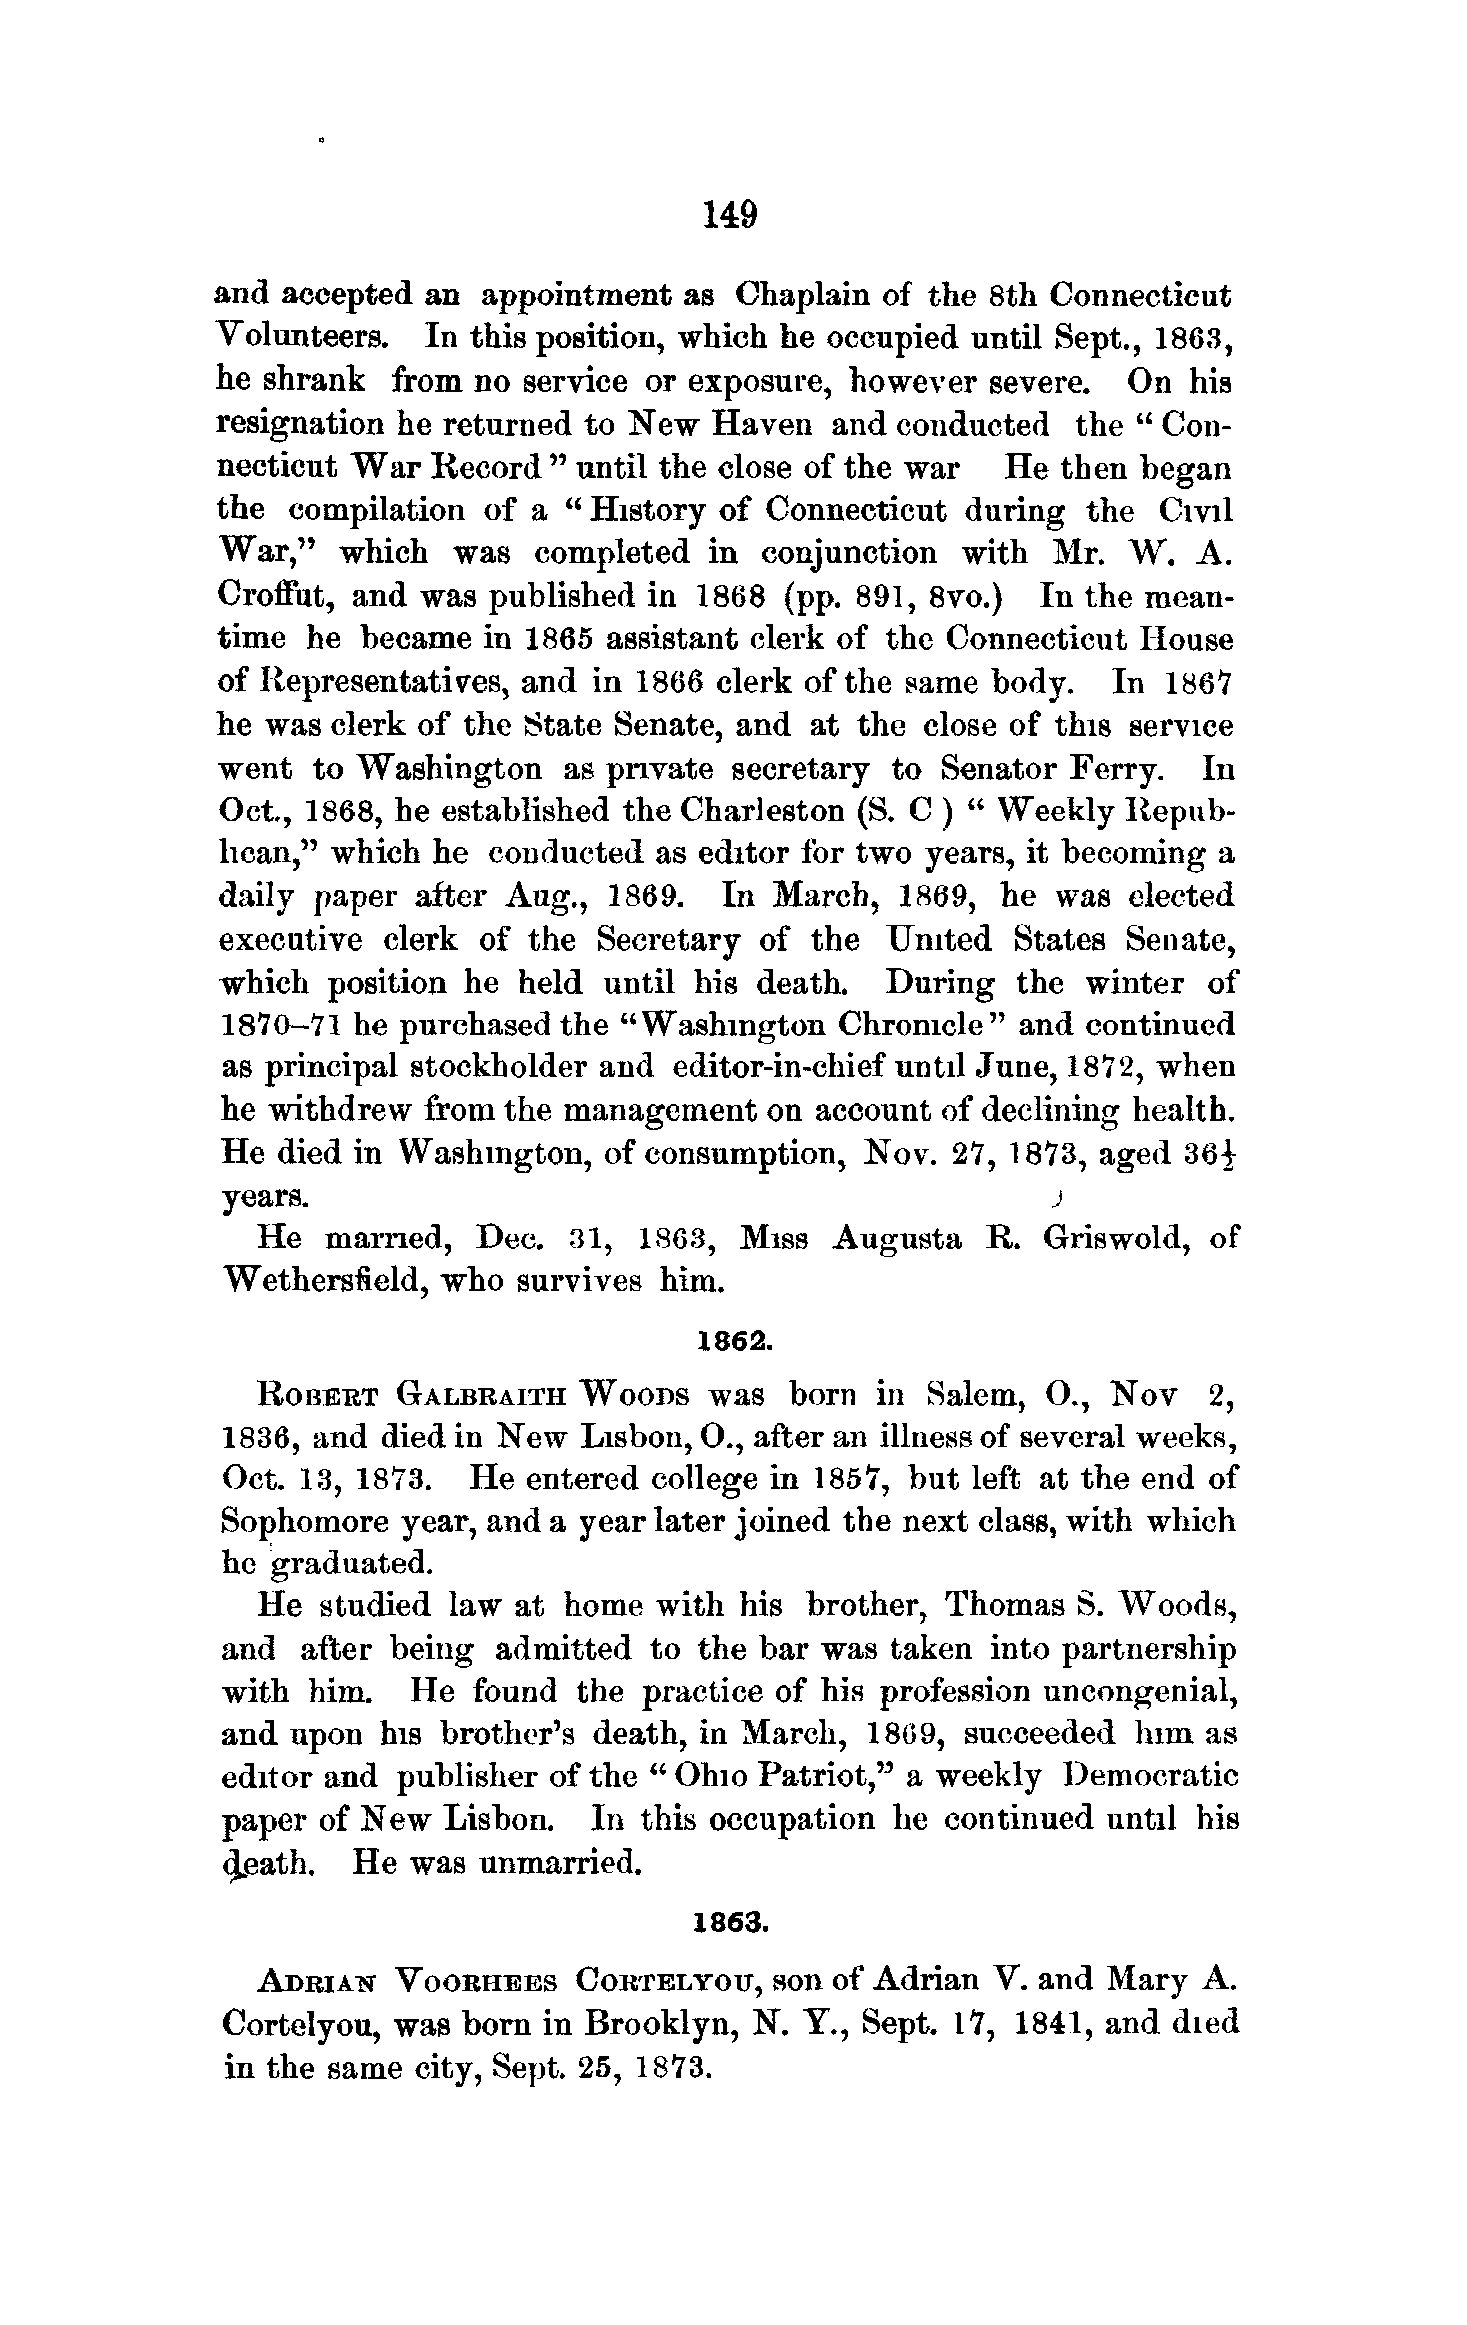
149
 and  accepted an  appointment  as  Chaplain of  the 8th Connecticut
 Volunteers.   In this position, which he occupied until Sept., 1863,
 he shrank   from no  service or exposure, however   severe.  On  his
 resignation he returned  to New  Haven   and conducted   the " Con-
 necticut War  Record  " until the close of the war  He  then began
 the  compilation  of a " History  of Connecticut  during  the  Civil
 War,"   which   was  completed   in conjunction   with  Mr.  W.  A.
 Croffut, and  was published  in 1868  (pp. 891, 8vo.)  In the mean-
 time  he  became  in 1865 assistant clerk of the Connecticut  House
 of Representatives,  and in 1866  clerk of the same body.   In 186*7
 he  was clerk of the State Senate, and  at the close of this service
 went   to Washington   as private secretary  to Senator  Ferry.  In
 Oct., 1868, he established the Charleston  (S. C ) " Weekly Repub-
 lican," which  he conducted  as editor for two years, it becoming  a
 daily  paper after Aug.,  1869.   In March,  1869,  he  was  elected
 executive  clerk  of the  Secretary of  the  United  States  Senate,
 which   position he held  until his death.   During  the  winter  of
 1870-71 he  purchased the "Washington   Chronicle"  and  continued
 as principal stockholder and  editor-in-chief until June, 1872, when
 he withdrew  from the management    on account of declining health.
 He died in Washington,   of consumption,  Nov.  27, 1873, aged  36|
 years.                                                 j
 He  married,  Dec.   31, 1863,  Miss  Augusta   R.  Griswold,  of
 Wethersfield, who  survives  him.
 1862.
 ROBERT   GALBRAITH   WOODS    was  born  in Salem,  O.,  Nov   2,
 1836, and died in New   Lisbon, O., after an illness of several weeks,
 Oct. 13, 1873.  He  entered college in 1857, but left at the end of
 Sophomore   year, and a year later joined the next class, with which
 he graduated.
 He  studied  law at home  with  his brother, Thomas   S. Woods,
 and  after being  admitted  to the bar was  taken into partnership
 with him.   He  found  the practice of his profession uncongenial,
 and upon  his brother's death, in March,  1809,  succeeded  him  as
 editor and publisher of the " Ohio Patriot," a weekly  Democratic
 paper of New  Lisbon.   In this occupation  he  continued until his
 cjeath. He  was  unmarried.
 1863.
 ADRIAN   VOORHEES    CORTELYOIX,  son of Adrian  V. and Mary   A.
 Cortelyou, was  born in Brooklyn,  N. Y., Sept. 17, 1841, and  died
 in the same city, Sept. 25, 1873.